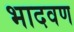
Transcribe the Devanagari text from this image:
भादवण